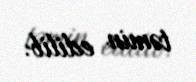
təmin edilib.